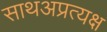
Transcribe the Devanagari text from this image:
साथअप्रत्यक्ष